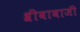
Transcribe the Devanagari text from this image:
श्रीबाबाजी